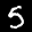
Label: 5